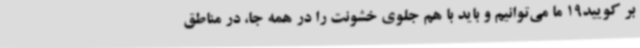
بر کویید19 ما می‌توانیم و باید با هم جلوی خشونت را در همه جا، در مناطق